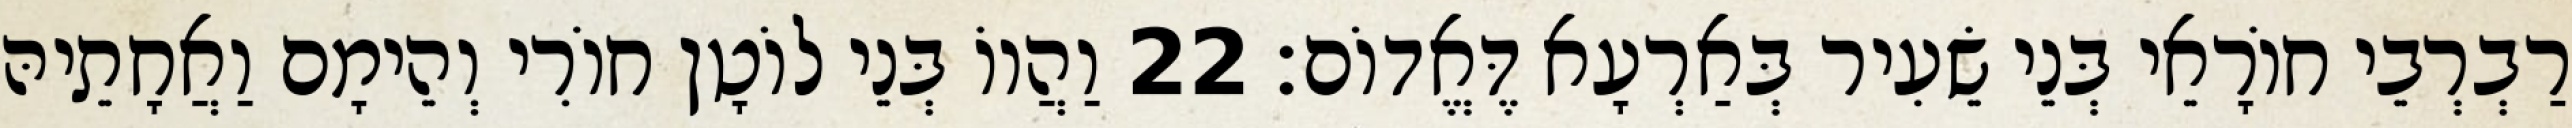
רַבְרְבֵי חוֹרָאֵי בְּנֵי שֵׂעִיר בְּאַרְעָא דֶּאֱדוֹם׃ 22 וַהֲווֹ בְּנֵי לוֹטָן חוֹרִי וְהֵימָם וַאֲחָתֵיהּ